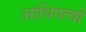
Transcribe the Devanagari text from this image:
आधिपत्यों